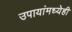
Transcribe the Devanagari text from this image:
उपायांमध्येही